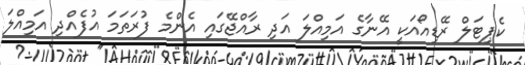
ކެޕިޓަލް ރޭޑިއޯއަކީ އޭނާގެ އަމިއްލަ އަދި ރާއްޖޭގައި އެންމެ ފުރަތަމަ އުފެއްދި އަމިއްލަ